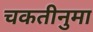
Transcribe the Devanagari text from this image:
चकतीनुमा